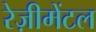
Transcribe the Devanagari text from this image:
रेज़ीमेंटल